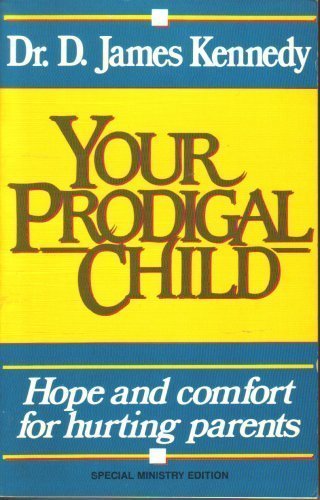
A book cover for Your prodigal child; D. James Kennedy; Parenting & Relationships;